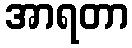
အာရတာ